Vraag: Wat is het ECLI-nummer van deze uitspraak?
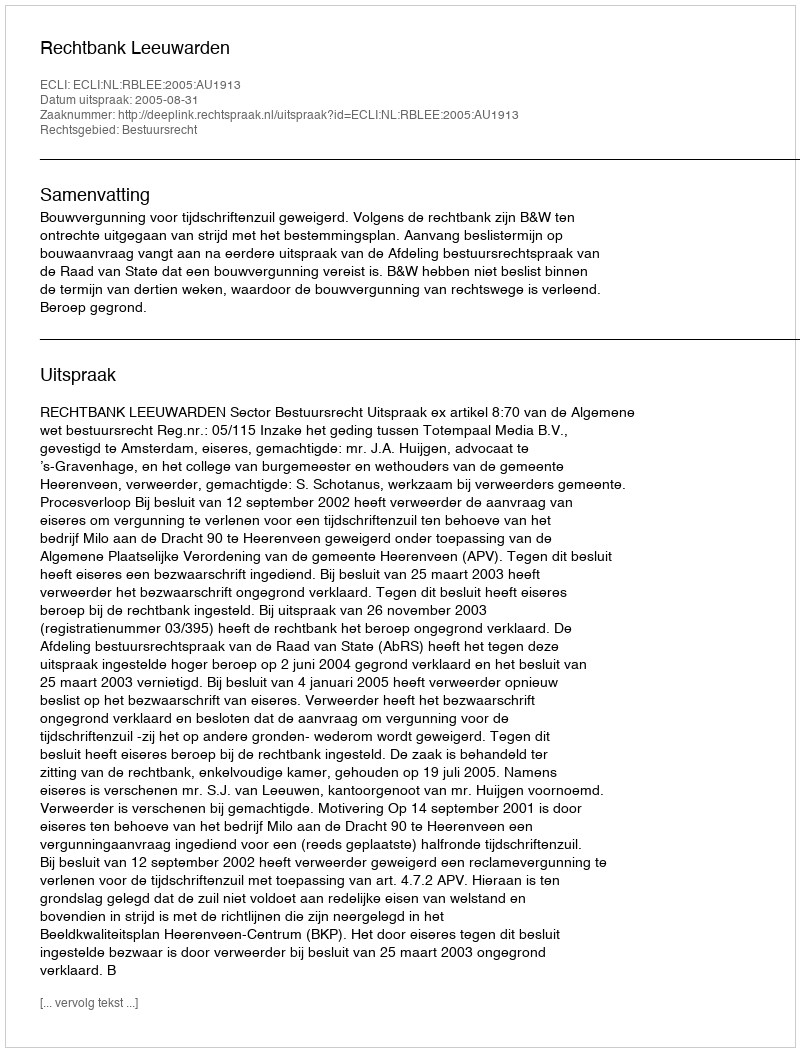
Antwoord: ECLI:NL:RBLEE:2005:AU1913